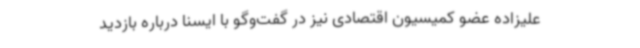
علیزاده عضو کمیسیون اقتصادی نیز در گفت‌وگو با ایسنا درباره بازدید